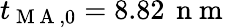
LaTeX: t_{\mathrm{~M~A~},0}=8.82\, \mathrm{~n~m~}